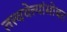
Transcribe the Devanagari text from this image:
तत्त्ववेत्त्यांसोबत